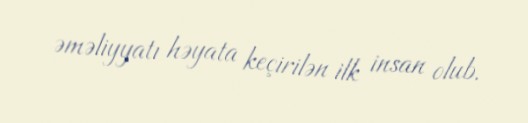
əməliyyatı həyata keçirilən ilk insan olub.